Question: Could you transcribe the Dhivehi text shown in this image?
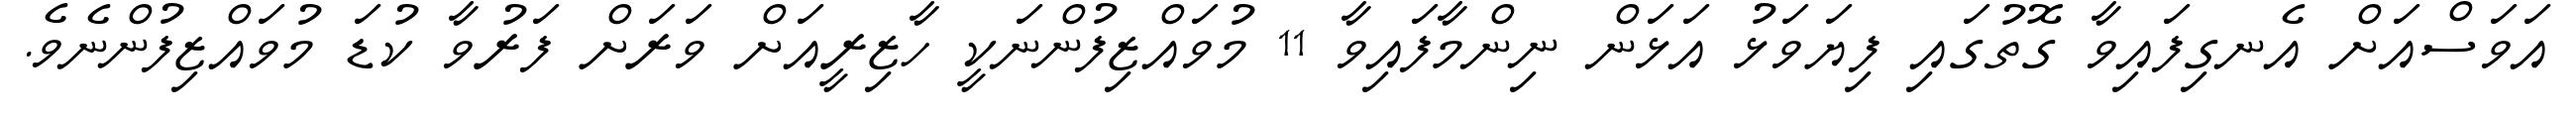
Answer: އަވަސްއަށް އެނގިފައިވާ ގޮތުގައި ފިޔަވަޅު އަޅަން ނިންމާފައިވާ 11 މުވައްޒިފުންނަކީ ހާޒިރީއަށް ވަރަށް ފަރުވާ ކުޑަ މުވައްޒިފުންނެވެ.